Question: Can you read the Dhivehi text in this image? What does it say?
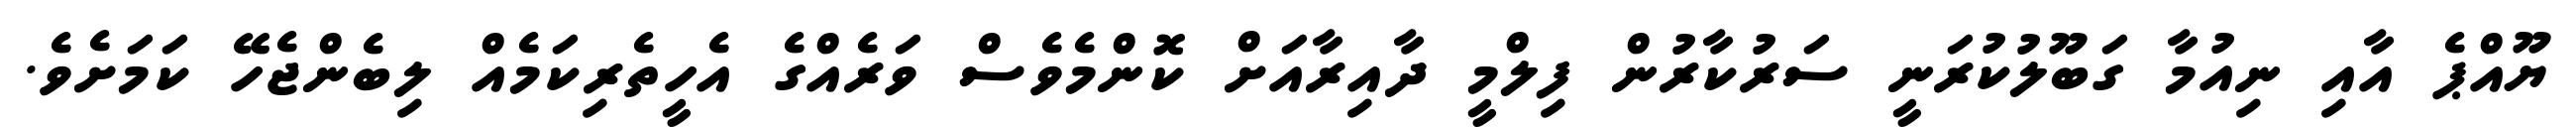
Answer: ޔޫއްޕެ އާއި ނިއުމާ ގަބޫލުކުރަނީ ސަރުކާރުން ފިލްމީ ދާއިރާއަށް ކޮންމެވެސް ވަރެއްގެ އެހީތެރިކަމެއް ލިބެންޖެހޭ ކަމަށެވެ.